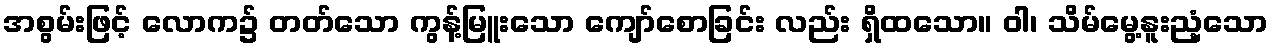
အစွမ်းဖြင့် လောက၌ တတ်သော ကွန့်မြူးသော ကျော်စောခြင်း လည်း ရှိထသော။ ဝါ၊ သိမ်မွေ့နူးညံ့သော